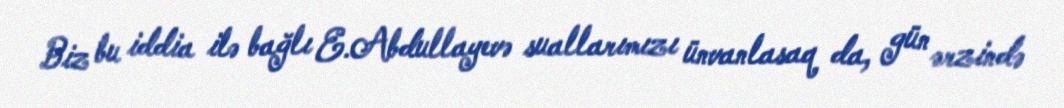
Biz bu iddia ilə bağlı E.Abdullayevə suallarımızı ünvanlasaq da, gün ərzində